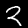
Digit: 2